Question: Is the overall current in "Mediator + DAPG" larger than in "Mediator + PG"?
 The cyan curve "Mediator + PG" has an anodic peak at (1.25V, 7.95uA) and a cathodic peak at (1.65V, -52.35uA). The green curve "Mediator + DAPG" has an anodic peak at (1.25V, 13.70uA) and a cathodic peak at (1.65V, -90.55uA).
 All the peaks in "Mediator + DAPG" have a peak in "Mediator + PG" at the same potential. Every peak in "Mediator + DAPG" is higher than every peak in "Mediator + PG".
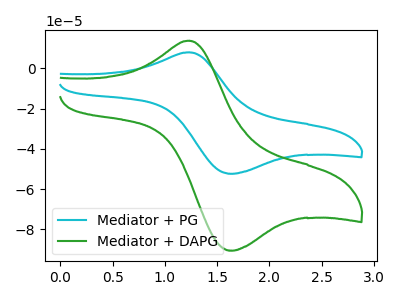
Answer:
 <answer>"Mediator + DAPG" has more signal than "Mediator + PG".</answer>
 <eval>more_signal</eval>